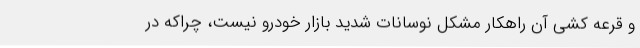
و قرعه کشی آن راهکار مشکل نوسانات شدید بازار خودرو نیست، چراکه در